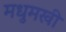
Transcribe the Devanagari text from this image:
मधुमखी